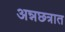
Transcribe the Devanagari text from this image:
अन्नछत्रात